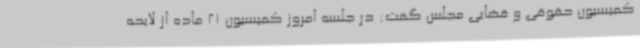
کمیسیون حقوقی و قضایی مجلس گفت: در جلسه امروز کمیسیون 21 ماده از لایحه